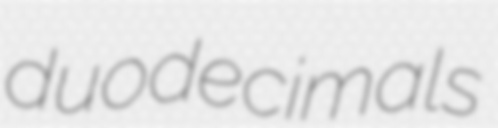
duodecimals